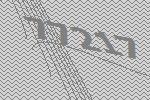
77217